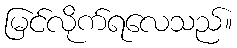
မြင်လိုက်ရလေသည်။